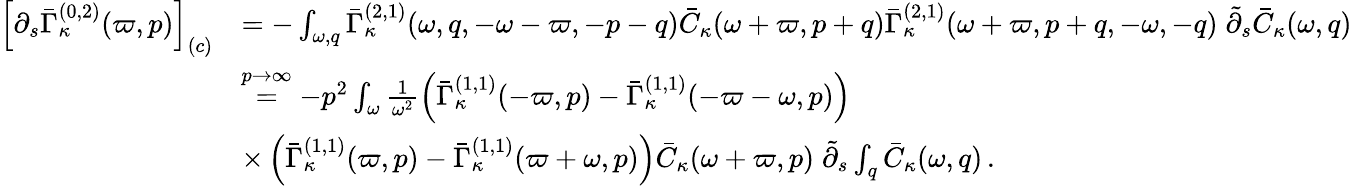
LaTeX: \begin{array}{rl}{\left[\partial_{s}\bar{\Gamma}_{\kappa}^{(0,2)}(\varpi,p)\right]_{(c)}}&{=-\int_{\omega,q}\bar{\Gamma}_{\kappa}^{(2,1)}(\omega,q,-\omega-\varpi,-p-q)\bar{C}_{\kappa}(\omega+\varpi,p+q)\bar{\Gamma}_{\kappa}^{(2,1)}(\omega+\varpi,p+q,-\omega,-q)\; \tilde{\partial}_{s}\bar{C}_{\kappa}(\omega,q)}\\ &{\stackrel{p\to\infty}{=}-p^{2}\int_{\omega}\frac 1{\omega^{2}}\left(\bar{\Gamma}_{\kappa}^{(1,1)}(-\varpi,p)-\bar{\Gamma}_{\kappa}^{(1,1)}(-\varpi-\omega,p)\right)}\\ &{\times\left(\bar{\Gamma}_{\kappa}^{(1,1)}(\varpi,p)-\bar{\Gamma}_{\kappa}^{(1,1)}(\varpi+\omega,p)\right)\bar{C}_{\kappa}(\omega+\varpi,p)\; \tilde{\partial}_{s}\int_{q}\bar{C}_{\kappa}(\omega,q)\, .}\end{array}